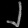
Digit: ၂